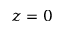
z = 0